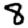
Digit: 8